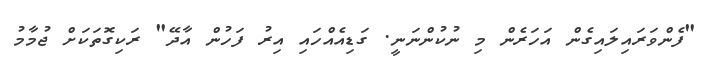
"ފެންވަރައިލައިގެން އަހަރެން މި ނުކުންނަނީ. ގަޑިއެއްހައި އިރު ފަހުން އާދޭ" ރަކިގޮތަކަށް ޖުމާމު